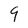
Character: 9